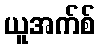
ယူအက်စ်